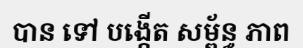
បាន ទៅ បង្កើត សម្ព័ន្ធ ភាព